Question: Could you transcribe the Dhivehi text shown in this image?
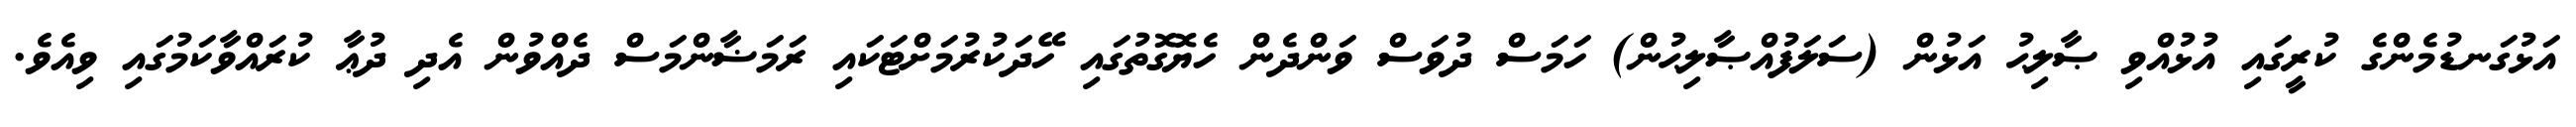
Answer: އަޅުގަނޑުމެންގެ ކުރީގައި އުޅުއްވި ޞާލިޙު އަޅުން (ސަލަފުއްޞާލިޙުން) ހަމަސް ދުވަސް ވަންދެން ހެޔޮގޮތުގައި ހޭދަކުރުމަށްޓަކައި ރަމަޟާންމަސް ދެއްވުން އެދި ދުޢާ ކުރައްވާކަމުގައި ވިއެވެ.